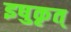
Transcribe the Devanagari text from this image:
इषुकृत्